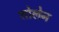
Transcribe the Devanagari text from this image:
शोलेन